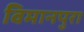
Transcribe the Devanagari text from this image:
विमानपुरा